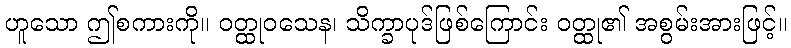
ဟူသော ဤစကားကို။ ဝတ္ထုဝသေန၊ သိက္ခာပုဒ်ဖြစ်ကြောင်း ဝတ္ထု၏ အစွမ်းအားဖြင့်။